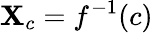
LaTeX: \mathbf{X}_{c}=f^{-1}(c)